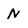
Character: N